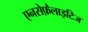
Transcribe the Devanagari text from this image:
एनसेफ़ैलाइटिज